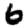
Digit: 6